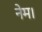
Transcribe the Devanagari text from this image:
नेम।